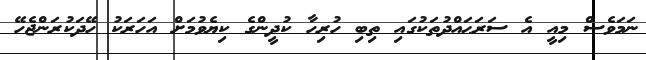
ނަމަވެސް މިއީ އެ ސަރަޙައްދުތަކުގައި ތިބި ހުރިހާ ކުދީންގެ ކިޔެވުމަށް އަހަރަކު ހޭދަކުރަންޖެހޭ